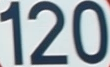
120